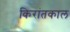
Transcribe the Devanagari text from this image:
किरांतकाल